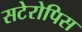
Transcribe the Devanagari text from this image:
सटेरोपिस